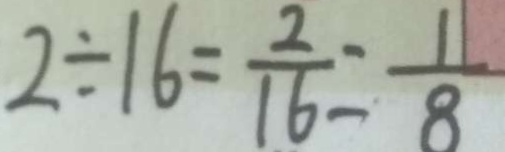
2 \div 1 6 = \frac { 2 } { 1 6 } = \frac { 1 } { 8 }